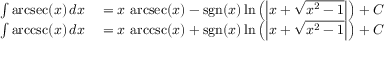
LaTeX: \begin{array} { r l } { \int \operatorname { a r c s e c } ( x ) \, d x } & { { } { } = x \, \operatorname { a r c s e c } ( x ) - \operatorname { s g n } ( x ) \ln \left( \left| x + { \sqrt { x ^ { 2 } - 1 } } \right| \right) + C } \\ { \int \operatorname { a r c c s c } ( x ) \, d x } & { { } { } = x \, \operatorname { a r c c s c } ( x ) + \operatorname { s g n } ( x ) \ln \left( \left| x + { \sqrt { x ^ { 2 } - 1 } } \right| \right) + C } \end{array}